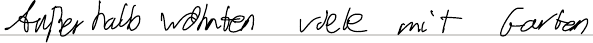
Außerhalb wohnten viele mit Garten